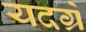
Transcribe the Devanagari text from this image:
यदग्रे